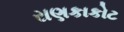
રાણકાકોટ